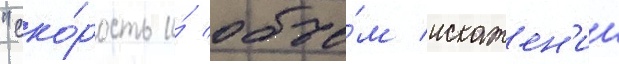
"ско́рость и́ объе́м искажен'ии